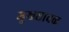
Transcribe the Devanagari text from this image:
मुखधावक